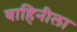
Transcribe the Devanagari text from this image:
वाहिनीला